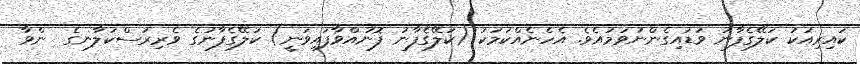
ކައިރިއަކު ކަލޭގެފާނު ވަޑައިގެންނުވަމުއެވެ. އެހެނެއްކަމަކު (ކަލޭގެފާނު ފޮނުއްވާފައިވަނީ) ކަލޭގެފާނުގެ ވެރިރަސްކަލާނގެ  ންވާ